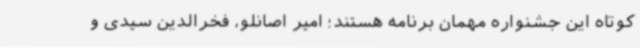
کوتاه این جشنواره مهمان برنامه هستند؛ امیر اصانلو، فخرالدین سیدی و